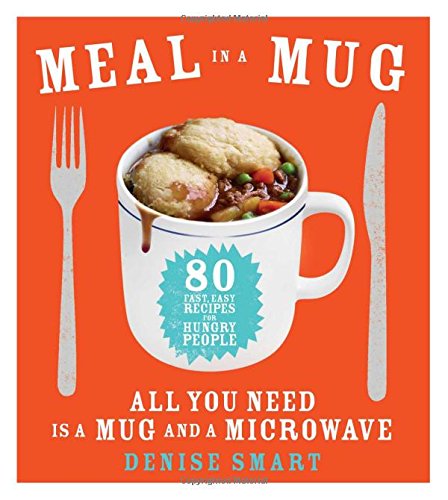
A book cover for Meal in a Mug: 80 Fast, Easy Recipes for Hungry PeopleAll You Need Is a Mug and a Microwave; Denise Smart; Cookbooks, Food & Wine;